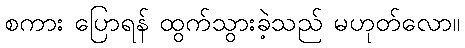
စကား ပြောရန် ထွက်သွားခဲ့သည် မဟုတ်လော။